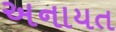
અનાયત